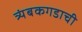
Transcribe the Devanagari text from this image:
त्र्यंबकगडाची